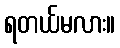
ရတယ်မလား။